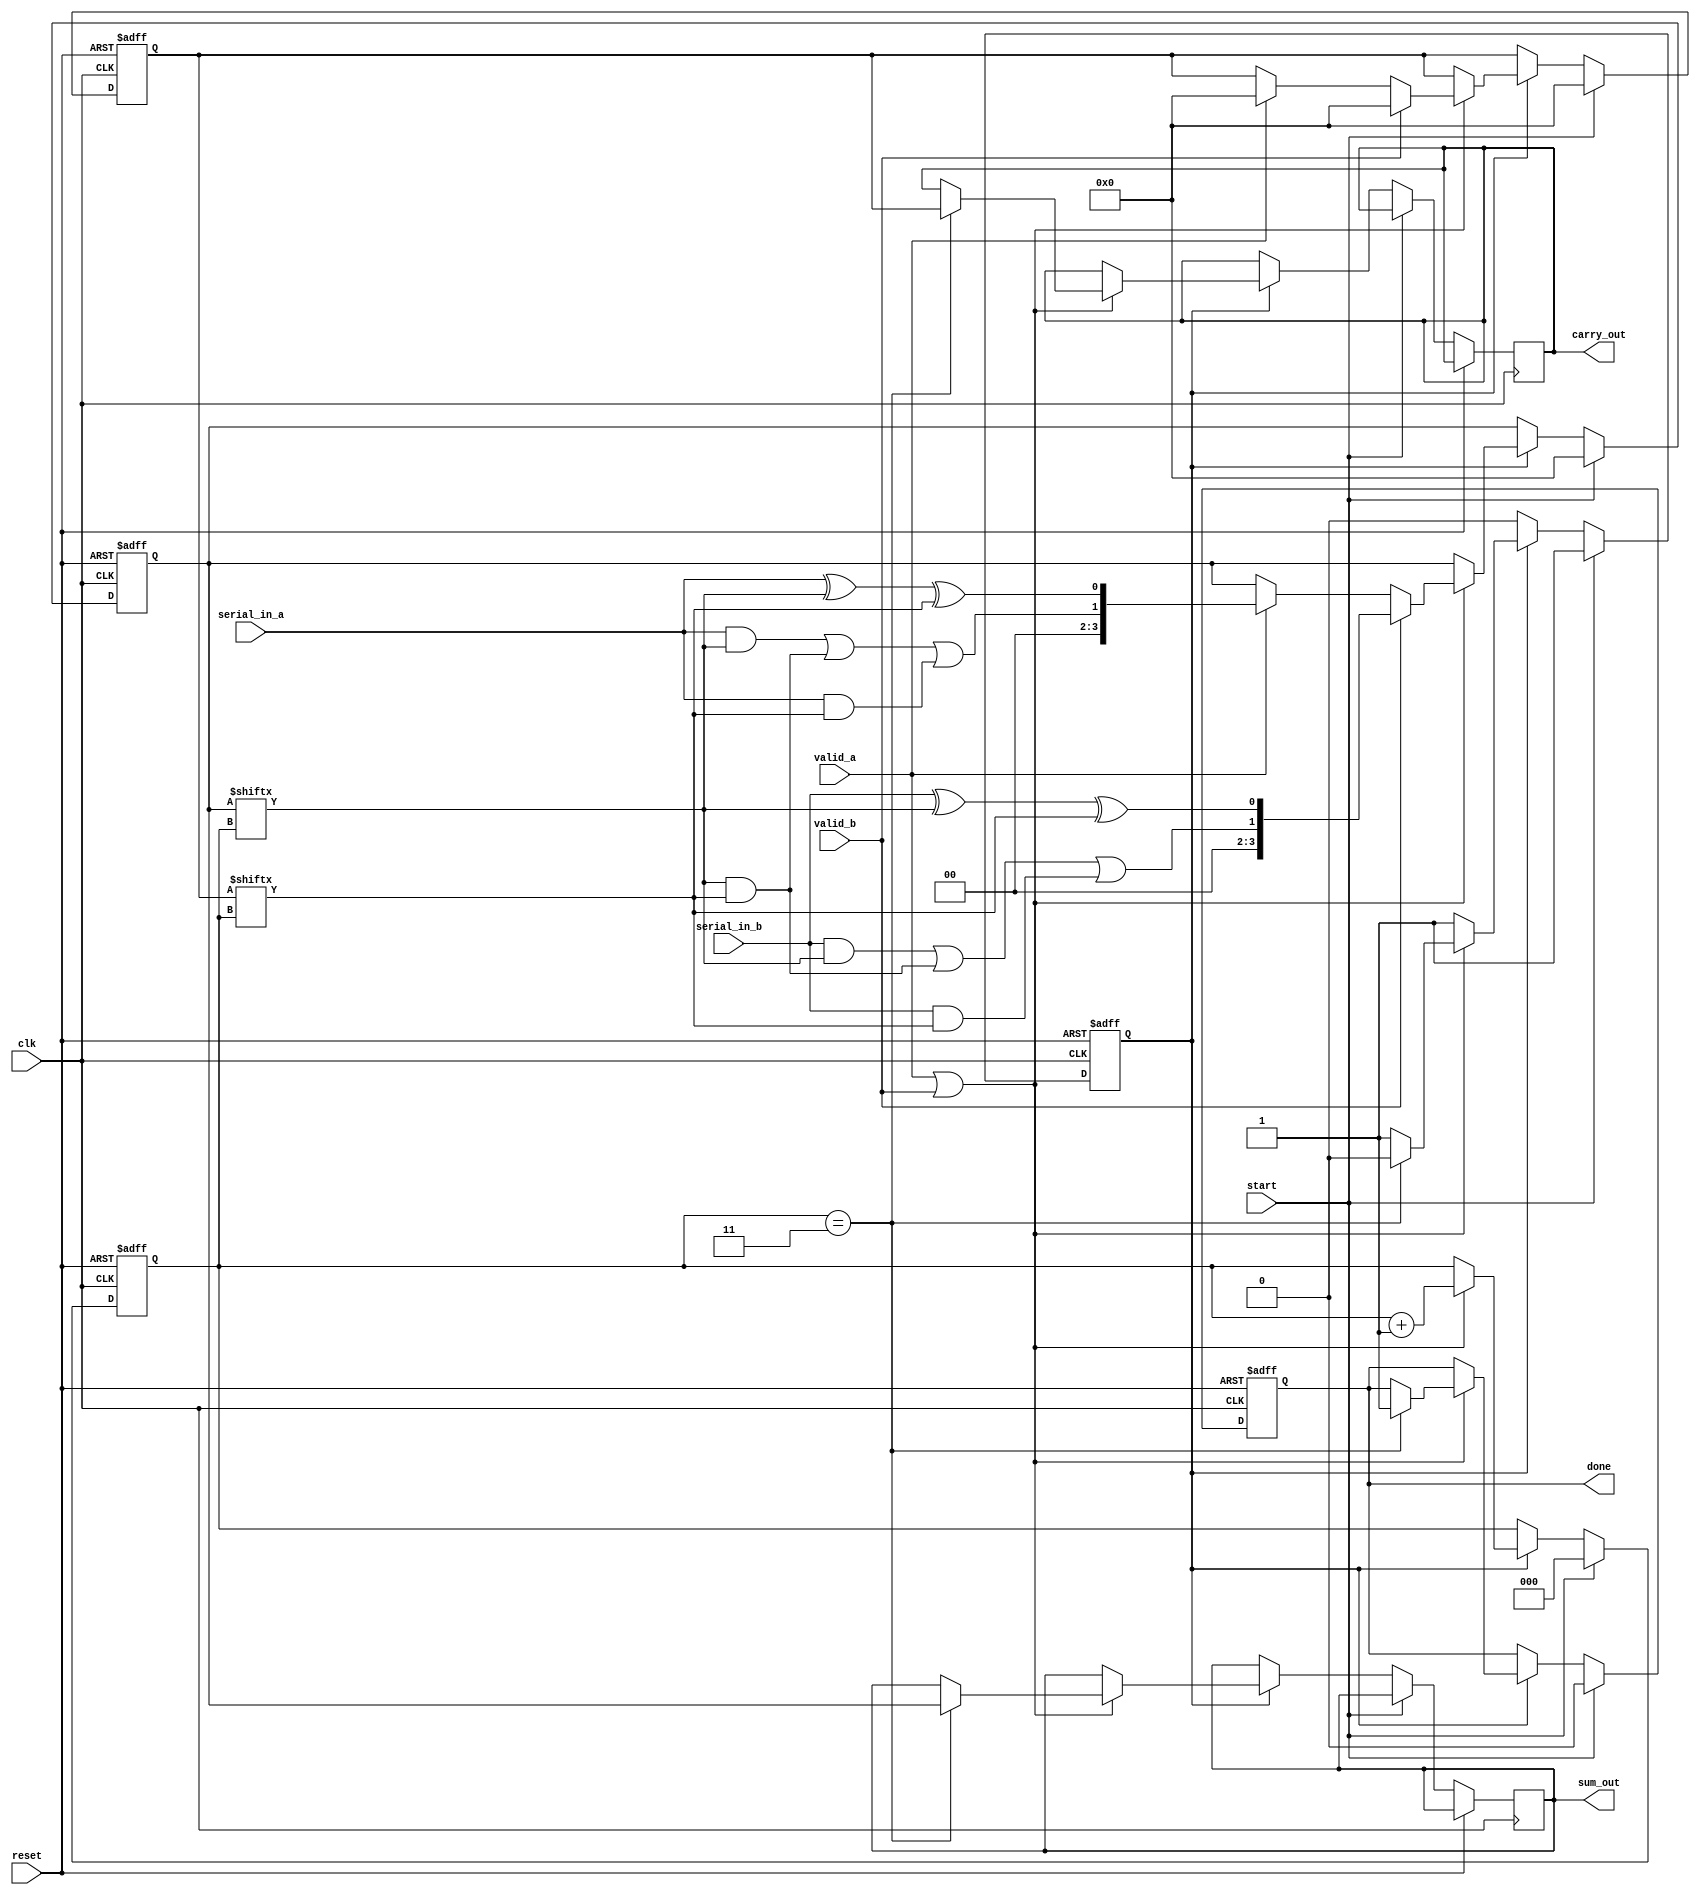
module CarrySaveAdder (
    input wire clk,
    input wire reset,
    input wire serial_in_a, // Serial input for operand A
    input wire serial_in_b, // Serial input for operand B
    input wire valid_a,     // Signal to indicate valid input for A
    input wire valid_b,     // Signal to indicate valid input for B
    input wire start,       // Signal to start the addition process
    output reg [N-1:0] sum_out, // Final sum output
    output reg [N-1:0] carry_out, // Final carry output
    output reg done         // Signal to indicate completion
);
    parameter N = 4; // Number of bits for the operands
    reg [N-1:0] sum; // Internal sum register
    reg [N-1:0] carry; // Internal carry register
    reg [2:0] bit_count; // Counter for the number of bits processed
    reg processing; // Flag to indicate if processing is ongoing

    // Full adder logic
    function [1:0] full_adder;
        input a, b, c; // Inputs: two bits and a carry
        begin
            full_adder[0] = a ^ b ^ c; // Sum output
            full_adder[1] = (a & b) | (b & c) | (a & c); // Carry output
        end
    endfunction

    // Sequential logic for processing inputs
    always @(posedge clk or posedge reset) begin
        if (reset) begin
            sum <= 0;
            carry <= 0;
            bit_count <= 0;
            processing <= 0;
            done <= 0;
        end else if (start) begin
            processing <= 1;
            bit_count <= 0;
            sum <= 0;
            carry <= 0;
            done <= 0;
        end else if (processing) begin
            if (valid_a || valid_b) begin
                if (valid_a) begin
                    {carry, sum} <= full_adder(serial_in_a, sum[bit_count], carry[bit_count]);
                end
                if (valid_b) begin
                    {carry, sum} <= full_adder(serial_in_b, sum[bit_count], carry[bit_count]);
                end
                bit_count <= bit_count + 1;
                if (bit_count == N-1) begin
                    processing <= 0;
                    done <= 1;
                    sum_out <= sum;
                    carry_out <= carry;
                end
            end
        end
    end
endmodule